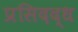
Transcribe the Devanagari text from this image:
प्रसिदद्ध